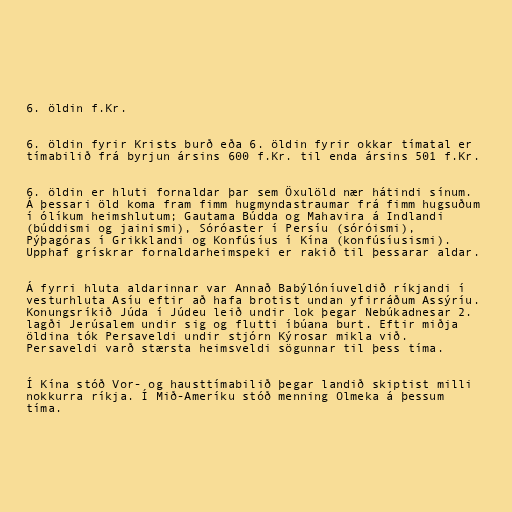
6. öldin f.Kr.

6. öldin fyrir Krists burð eða 6. öldin fyrir okkar tímatal er
tímabilið frá byrjun ársins 600 f.Kr. til enda ársins 501 f.Kr.

6. öldin er hluti fornaldar þar sem Öxulöld nær hátindi sínum.
Á þessari öld koma fram fimm hugmyndastraumar frá fimm hugsuðum
í ólíkum heimshlutum; Gautama Búdda og Mahavira á Indlandi
(búddismi og jainismi), Sóróaster í Persíu (sóróismi),
Pýþagóras í Grikklandi og Konfúsíus í Kína (konfúsíusismi).
Upphaf grískrar fornaldarheimspeki er rakið til þessarar aldar.

Á fyrri hluta aldarinnar var Annað Babýlóníuveldið ríkjandi í
vesturhluta Asíu eftir að hafa brotist undan yfirráðum Assýríu.
Konungsríkið Júda í Júdeu leið undir lok þegar Nebúkadnesar 2.
lagði Jerúsalem undir sig og flutti íbúana burt. Eftir miðja
öldina tók Persaveldi undir stjórn Kýrosar mikla við.
Persaveldi varð stærsta heimsveldi sögunnar til þess tíma.

Í Kína stóð Vor- og hausttímabilið þegar landið skiptist milli
nokkurra ríkja. Í Mið-Ameríku stóð menning Olmeka á þessum
tíma.